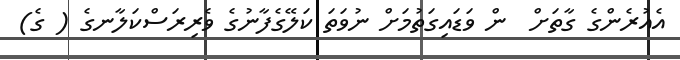
އެއުރެންގެ ގާތަށް  ން ވަޑައިގަތުމަށް ނުވަތަ ކަލޭގެފާނުގެ ވެރިރަސްކަލާނގެ ( ގެ)